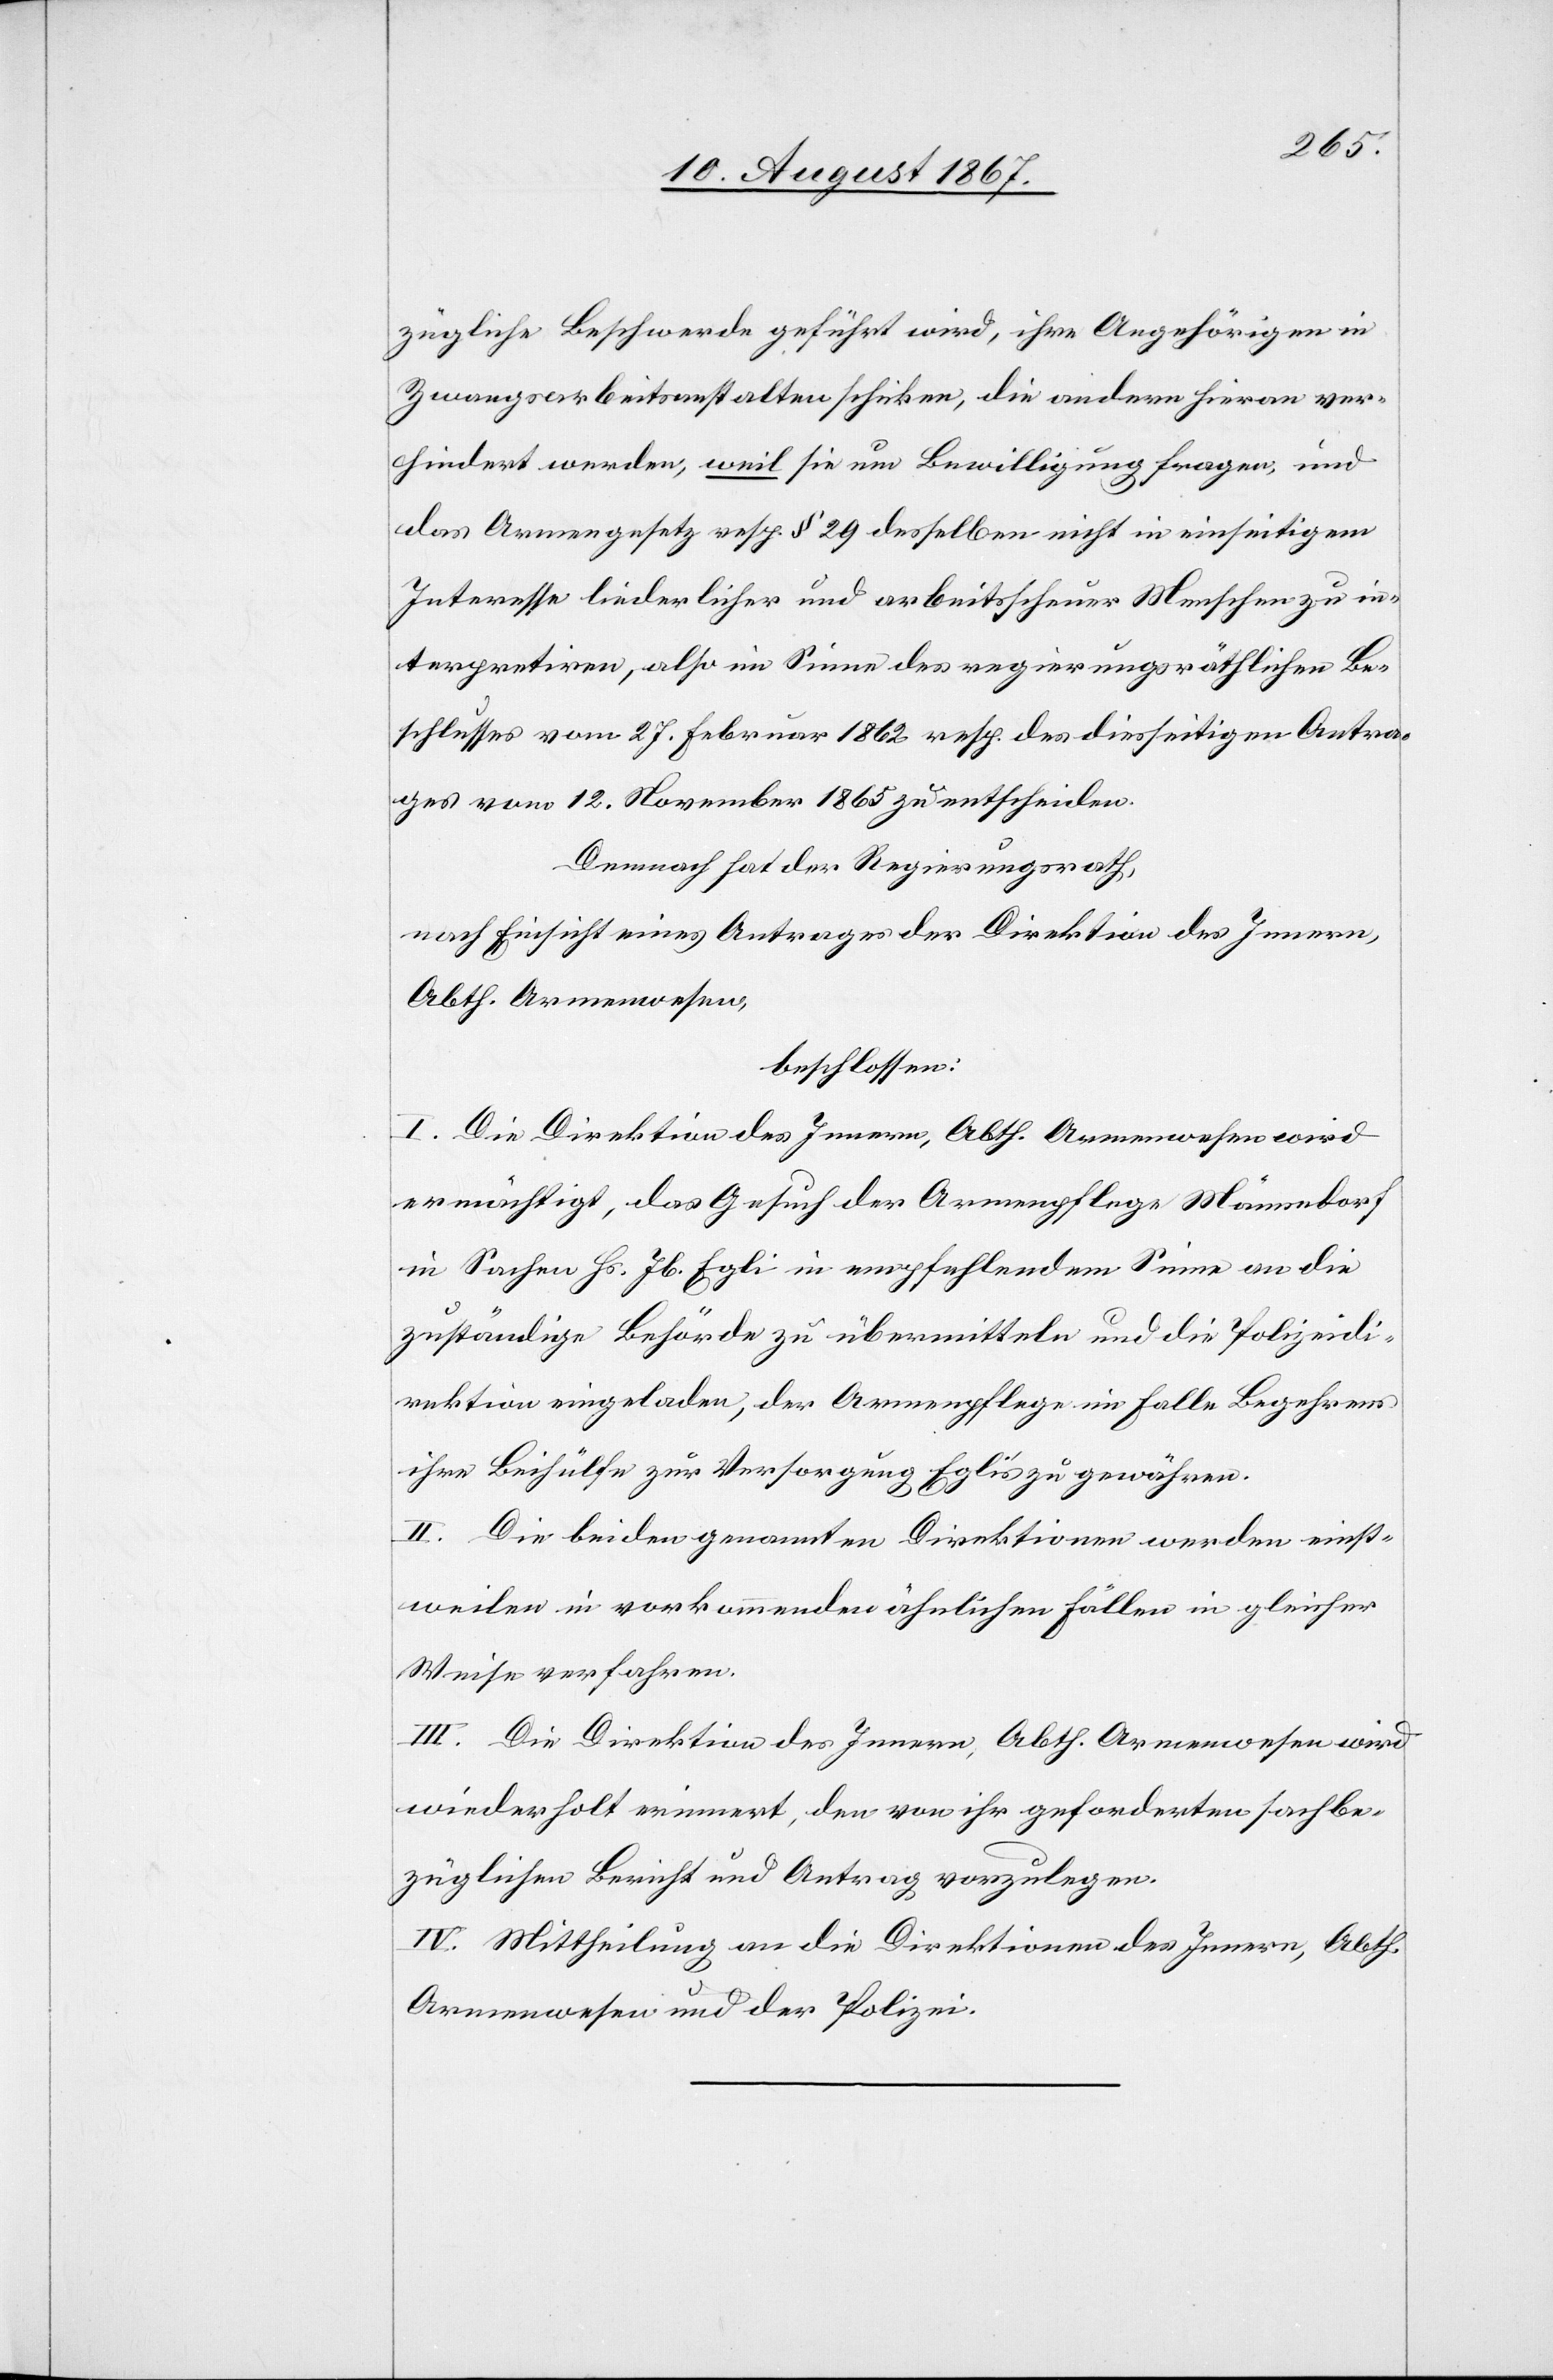
zügliche Beschwerde geführt wird, ihre Angehörigen in
Zwangsarbeitsanstalten schicken, die andern hieran ver¬
hindert werden, weil sie um Bewilligung fragen und
das Armengesetz resp. § 29 desselben nicht in einseitigem
Interesse liederlicher und arbeitsscheuer Menschen zu in¬
terpretiren, also im Sinne des regierungsräthlichen Be¬
schlusses vom 27. Februar 1862 resp. des diesseitigen Antra¬
ges vom 12. November 1865 zu entscheiden.
Demnach hat der Regierungsrath,
nach Einsicht eines Antrages der Direktion des Innern,
Abth. Armenwesen,
beschlossen:
I. Die Direktion des Innern, Abth. Armenwesen wird
ermächtigt, das Gesuch der Armenpflege Männedorf
in Sachen Hs. Jb. Egli in empfehlendem Sinne an die
zuständige Behörde zu übermitteln und die Polizeidi¬
rektion eingeladen, der Armenpflege im Falle Begehrens
ihre Beihülfe zur Versorgung Egli’s zu gewähren.
II. Die beiden genannten Direktionen werden einst¬
weilen in vorkommenden ähnlichen Fällen in gleicher
Weise verfahren.
III. Die Direktion des Innern, Abth. Armenwesen wird
wiederholt erinnert, den von ihr geforderten sachbe¬
züglichen Bericht und Antrag vorzulegen.
IV. Mittheilung an die Direktionen des Innern, Abth.
Armenwesen und der Polizei.